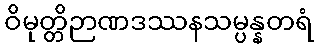
ဝိမုတ္တိဉာဏဒဿနသမ္ပန္နတရံ